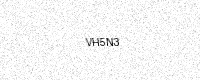
Text: VH5N3